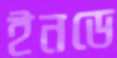
ইনডে